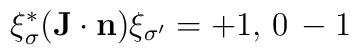
\xi^*_\sigma ({\bf J}\cdot {\bf n}) \xi_{\sigma^\prime} = +1,\, 0\, -1